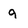
Character: 9